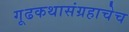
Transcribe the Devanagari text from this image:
गूढकथासंग्रहाचेच